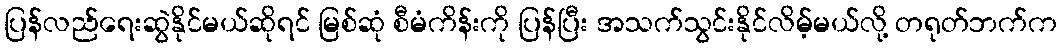
ပြန်လည်ရေးဆွဲနိုင်မယ်ဆိုရင် မြစ်ဆုံ စီမံကိန်းကို ပြန်ပြီး အသက်သွင်းနိုင်လိမ့်မယ်လို့ တရုတ်ဘက်က